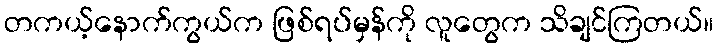
တကယ့်နောက်ကွယ်က ဖြစ်ရပ်မှန်ကို လူတွေက သိချင်ကြတယ်။